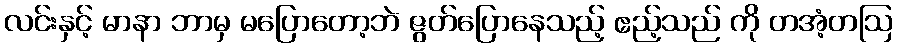
လင်းနှင့် မာနာ ဘာမှ မပြောတော့ဘဲ ဇွတ်ပြောနေသည့် ဧည့်သည် ကို တအံ့တဩ